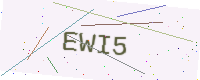
Text: EWI5